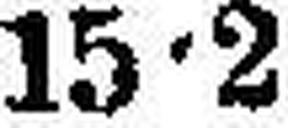
15•2